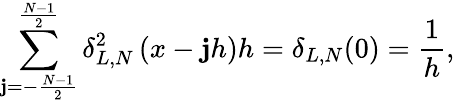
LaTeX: \sum_{\mathbf{j}=-\frac{{N-1}}{{2}}}^{\frac{{N-1}}{{2}}}\delta_{L,N}^{2}\left(x-\mathbf{j}h\right)h=\delta_{L,N}(0)=\frac{{1}}{{h}},